Lunatic asylums Madras 1892-1911 - 1892-1911
Year: 1892
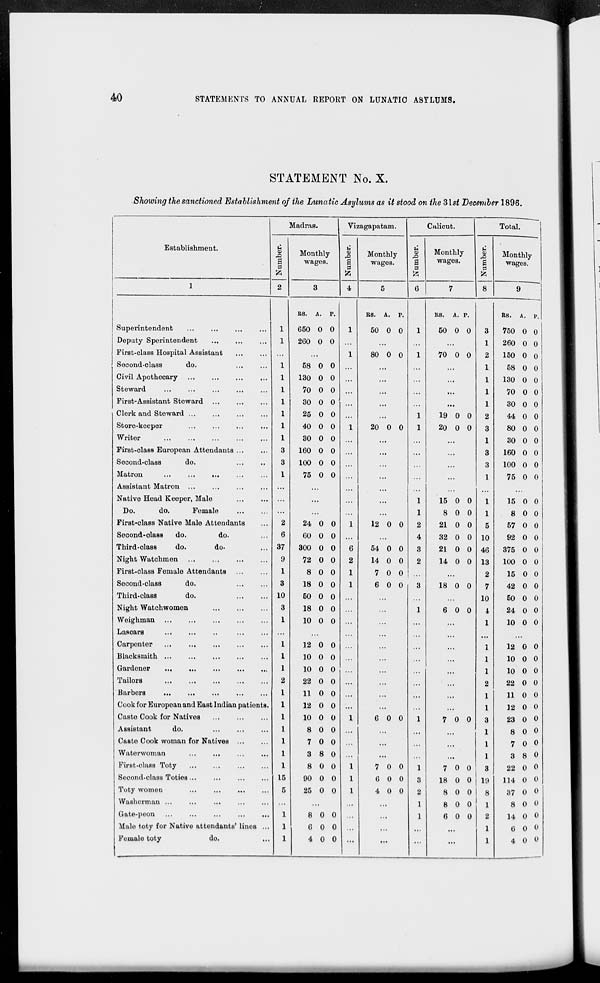
40
STATEMENTS TO ANNUAL REPOKT ON LUNATIC ASYLUMS.
STATEMENT No. X.
Showing the sanctioned Establishment of the Lunatic Asylums as it stood on theSlst December 1896.
Establishment.
Madras.
Vizagapatam.
Calicut.
Total.
C
CD
s p
Monthly
wages.
u
A
S
9
Monthly
wages.
& a>
a p
Monthly
wages.
u 3
|
P
Monthly
wages.
1
2
3
4
6
6
7
8
9 ~
BB. A. P.
ES. A. P.
KB.
A. p.
BS. A. p.
Superintendent
1
650 0 0
1
50 0 0
1
50 0 0
3
750 0 0
Deputy Sperintendent
1
260 0 0 ...
1
260 0 0
First-class Hospital Assistant
...
...
1
80 0 0
1
70 0 0
2
150 0 0
Socond-clasB
do.
1
58 0 0
1
58 0 0
Civil Apothecary
1
130 0 0
...
1
130 0 0
Steward
1
70 0 0
...
...
1
70 0 0
First-Assistant Steward ...
1
30 0 0
1
30 0 0
| Clerk and Steward
1
25 0 0
1
19 0 0
2
44 0 0
Store-keeper
1
40 0 0
1
20 0 0
1
20 0 0
3
80 0 0
Writer
1
30 0 0 ...
...
1
30 0 0
First-class European Attendants ...
3
160 0 0 ...
...
3
160 0 0
Second-class
do.
3
100 0 0
3
100 0 0
Matron
...
1
75 0 0
...
1
75 0 0
Assistant Matron ...
...
...
...
Native Head Keeper, Male
...
...
...
...
1
15 0 0
1
15 0 0
Do.
do.
Female
...
...
1
8 0 0
1
8 0 0
First-class Native Male Attendants
2
24 0 0
1
12 0 0
2
21 0 0
5
57 0 0
Second-olaBS
do.
do.
6
60 0 0
4
32 0 0 10
92 0 0
Third-class
do.
do-
37
300 0 0
6
54 0 0
3
21 0 0 46
375 0 0
Night Watchmen
9
72 0 0
2
14 0 0
2
14 0 0 13
100 0 0
First-class Female Attendants
1
8 0 0
1
7 0 0
2
15 0 0
Second-class
do.
3
18 0 0
1
6 0 0
3
18 0 0
7
42 0 0
Third-clasa
do.
10
50 0 0
...
10
50 0 0
Night Watchwomen
3
18 0 0
...
1
6 0 0
i
24 0 0
Woighman
1
10 0 0 ...
...
1
10 0 0
Lasoars
...
...
...
...
Carpenter
1
12 0 0
...
1
12 0 0
Blacksmith ...
1
10 0 0 ...
...
1
10 0 0
Gardener
...
...
1
10 0 0
...
1
10 0 0
Tailors
2
22 0 0 ...
...
2
22 0 0
Barbers
...
1
11 0 0 ...
...
1
11 0 0
Cook for European and East Indian patients.
1
12 0 0 ...
...
1
12 0 0
Caste Cook for Natives
1
10 0 0
1
6 0 0
1
7 0 0
3
23 0 0
Assistant
do.
1
8 0 0
...
1
8 0 0
Casto Cook woman for Natives ...
1
7 0 0
...
1
7 0 0
Waterwoman
...
...
1
3 8 0
...
...
1
3 8 0
First-class Toty
1
8 0 0
1
7 0 0
1
7 0 0
3
22 0 0
Second-class Toties...
...
15
90 0 0
1
6 0 0
3
18 0 0 19 114 0 0
Toty women
5
25 0 0
1
4 0 0
2
8 0 0
8
37 0 0
Washerman ...
...
...
...
...
...
...
1
8 0 0
1
8 0 0
Gate-peon ...
...
...
1
8 0 0 ...
...
1
6 0 0
2
14 0 0
Male toty for Native attendants' lines ...
1
6 0 0
...
1
0 0 o
Femalo toty
do.
1
4 0 0 ...
...
...
...
1
4 0 0